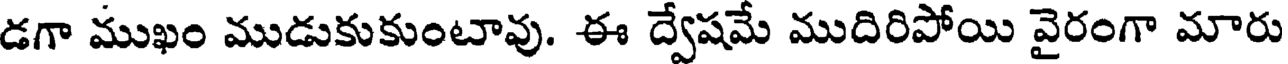
డగా ముఖం ముడుకుకుంటావు. ఈ ద్వేషమే ముదిరిపోయి వైరంగా మారు